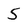
Character: 5